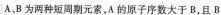
试A、B为两种短周期元素，A的原子序数大于B，且B